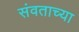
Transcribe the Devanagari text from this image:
संवताच्या